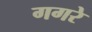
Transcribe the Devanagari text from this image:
गगरे